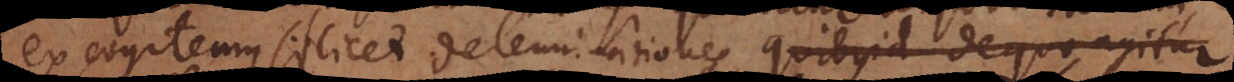
excogitemus scilicet determinationes quibus id de quo agitur